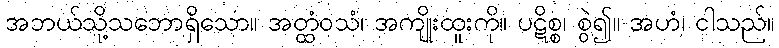
အဘယ်သို့သဘောရှိသော။ အတ္ထံဝသံ၊ အကျိုးထူးကို။ ပဋိစ္စ၊ စွဲ၍။ အဟံ၊ ငါသည်။